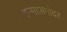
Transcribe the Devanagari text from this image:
जन्माअगोदर